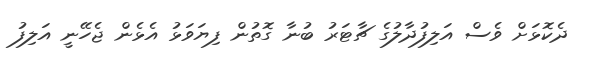
ދެކޮޅަށް ވެސް އަލިފުދާލުގެ ޗާޓަރު ބުނާ ގޮތުން ފިޔަވަޅު އެޅެން ޖެހޭނީ އަލިފު